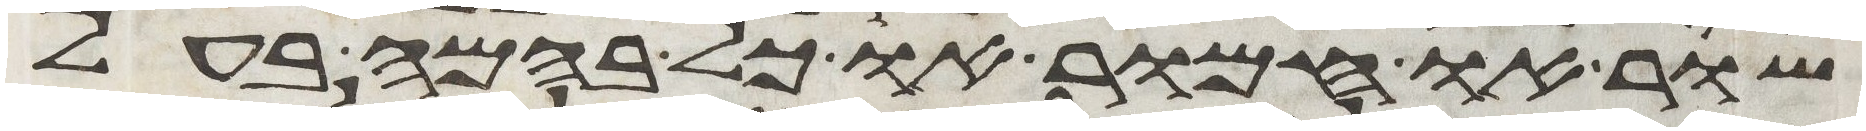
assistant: שור או חמור או כל בהמה בעל